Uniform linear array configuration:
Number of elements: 16
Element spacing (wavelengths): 0.75
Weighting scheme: exponential
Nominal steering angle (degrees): -45
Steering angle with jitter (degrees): -43.43
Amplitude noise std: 0.05
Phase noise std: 0.05

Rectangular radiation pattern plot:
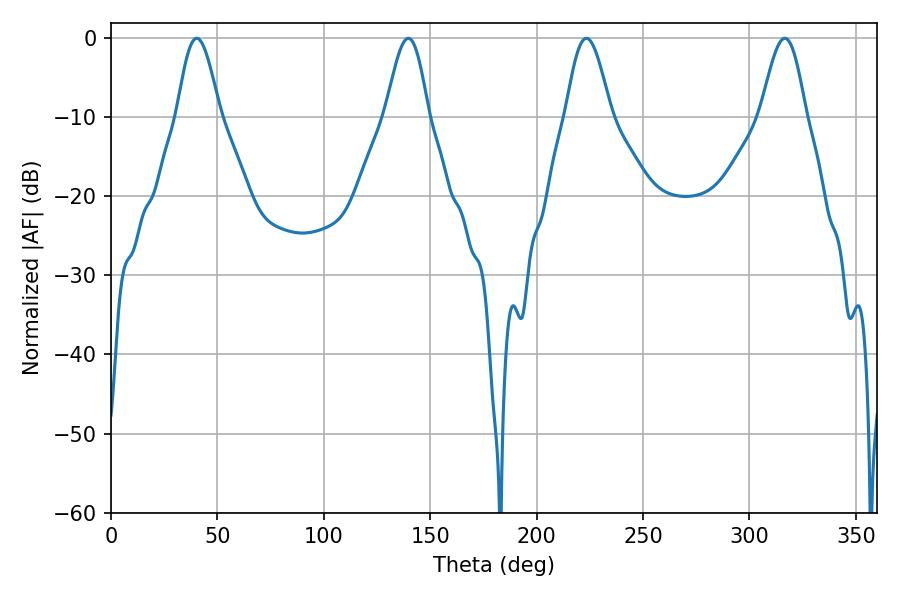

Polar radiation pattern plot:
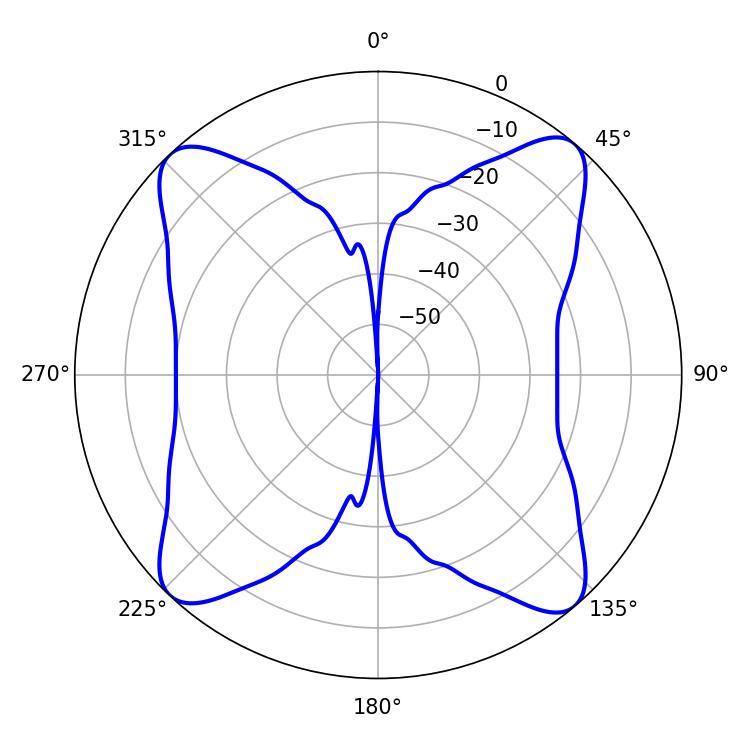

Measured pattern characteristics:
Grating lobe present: TRUE
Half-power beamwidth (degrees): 11.34
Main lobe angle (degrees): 223.38